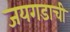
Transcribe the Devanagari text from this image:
जयगडाची